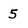
Character: 5